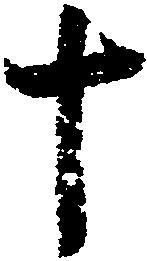
十